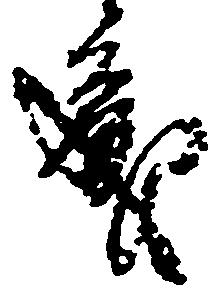
処